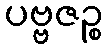
ပဗ္ဗဇဉ္စ